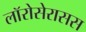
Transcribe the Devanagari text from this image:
लॉरोसेरासस